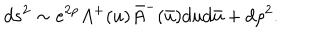
LaTeX: d s ^ { 2 } \sim e ^ { 2 \rho } A ^ { + } ( u ) \bar { A } ^ { - } ( \bar { u } ) d u d \bar { u } + d \rho ^ { 2 } .